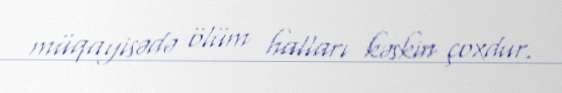
müqayisədə ölüm halları kəskin çoxdur.